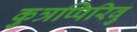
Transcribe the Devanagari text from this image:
कुत्रप्पिरिवु